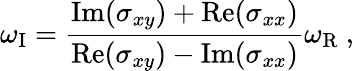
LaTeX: \omega_{\mathrm{I}}=\frac{\mathrm{Im}(\sigma_{xy})+\mathrm{Re}(\sigma_{xx})}{\mathrm{Re}(\sigma_{xy})-\mathrm{Im}(\sigma_{xx})}\omega_{\mathrm{R}}\ ,